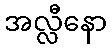
အလ္လီနော